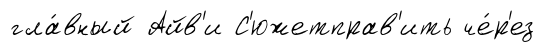
гла́вный Айв'и С'южетправ'ить че́р'ез